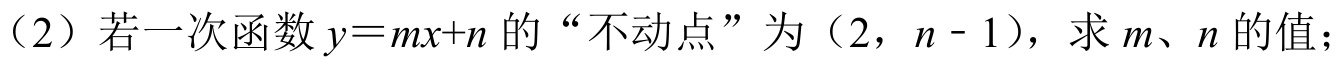
（2）若一次函数\(y = mx + n\)的“不动点”为\((2,n - 1)\)，求\(m\)、\(n\)的值；